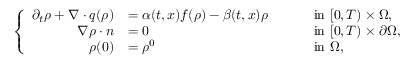
\left\{ \begin{array} { r l r l r } { \partial _ { t } \rho + \nabla \cdot q ( \rho ) } & { = \alpha ( t , x ) f ( \rho ) - \beta ( t , x ) \rho } & { \quad } & { \mathrm { ~ i n ~ } [ 0 , T ) \times \Omega , } \\ { \nabla \rho \cdot n } & { = 0 } & { \quad } & { \mathrm { ~ i n ~ } [ 0 , T ) \times \partial \Omega , } \\ { \rho ( 0 ) } & { = \rho ^ { 0 } } & { \quad } & { \mathrm { ~ i n ~ } \Omega , } & \end{array} \right.